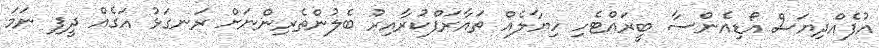
އުފެއްދިޔަސް އޯޑިއެންސާ ބީރައްޓެހި ހިޔާލެއް ތައާރަފްކުރާއިރު ބެލުންތެރިންނަށް ރަނގަޅު އަގެއް ދީފި ނަމަ